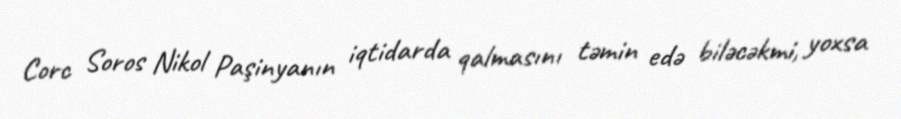
Corc Soros Nikol Paşinyanın iqtidarda qalmasını təmin edə biləcəkmi, yoxsa